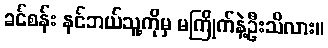
ခင်စန်း နင်ဘယ်သူ့ကိုမှ မကြိုက်နဲ့ဦးသိလား။